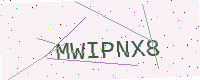
Text: MWIPNX8